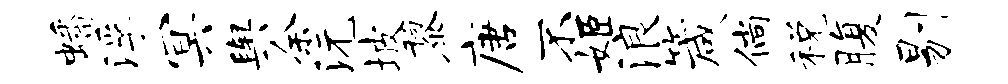
蟠浮冥舆余沅坡黎唐不姬浪箴倘税腹剔